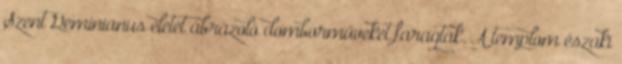
Szent Geminianus életét ábrázoló domborműveket faragtak. A templom északi